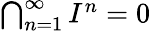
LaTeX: \textstyle\bigcap_{n=1}^{\infty}I^{n}=0